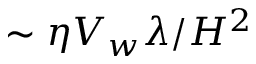
\sim \eta V _ { w } \lambda / H ^ { 2 }